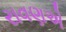
રાવણએ